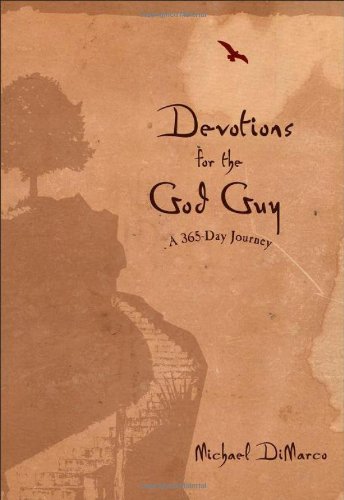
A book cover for Devotions for the God Guy: A 365-Day Journey; Michael DiMarco; Christian Books & Bibles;